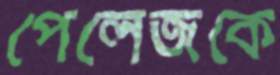
পেলেজকে